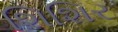
શિશિર